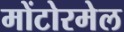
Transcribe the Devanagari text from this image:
मोंटोरमेल